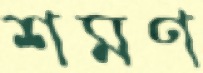
শমণ